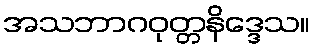
အသဘာဂဝုတ္တနိဒ္ဒေသ။